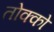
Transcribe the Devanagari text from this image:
तोक्को